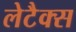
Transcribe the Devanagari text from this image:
लेटैक्स